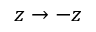
z \rightarrow - z